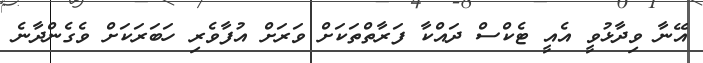
އޭނާ ވިދާޅުވީ އެއީ ޓެކްސް ދައްކާ ފަރާތްތަކަށް ވަރަށް އުފާވެރި ހަބަރަކަށް ވެގެންދާނެ